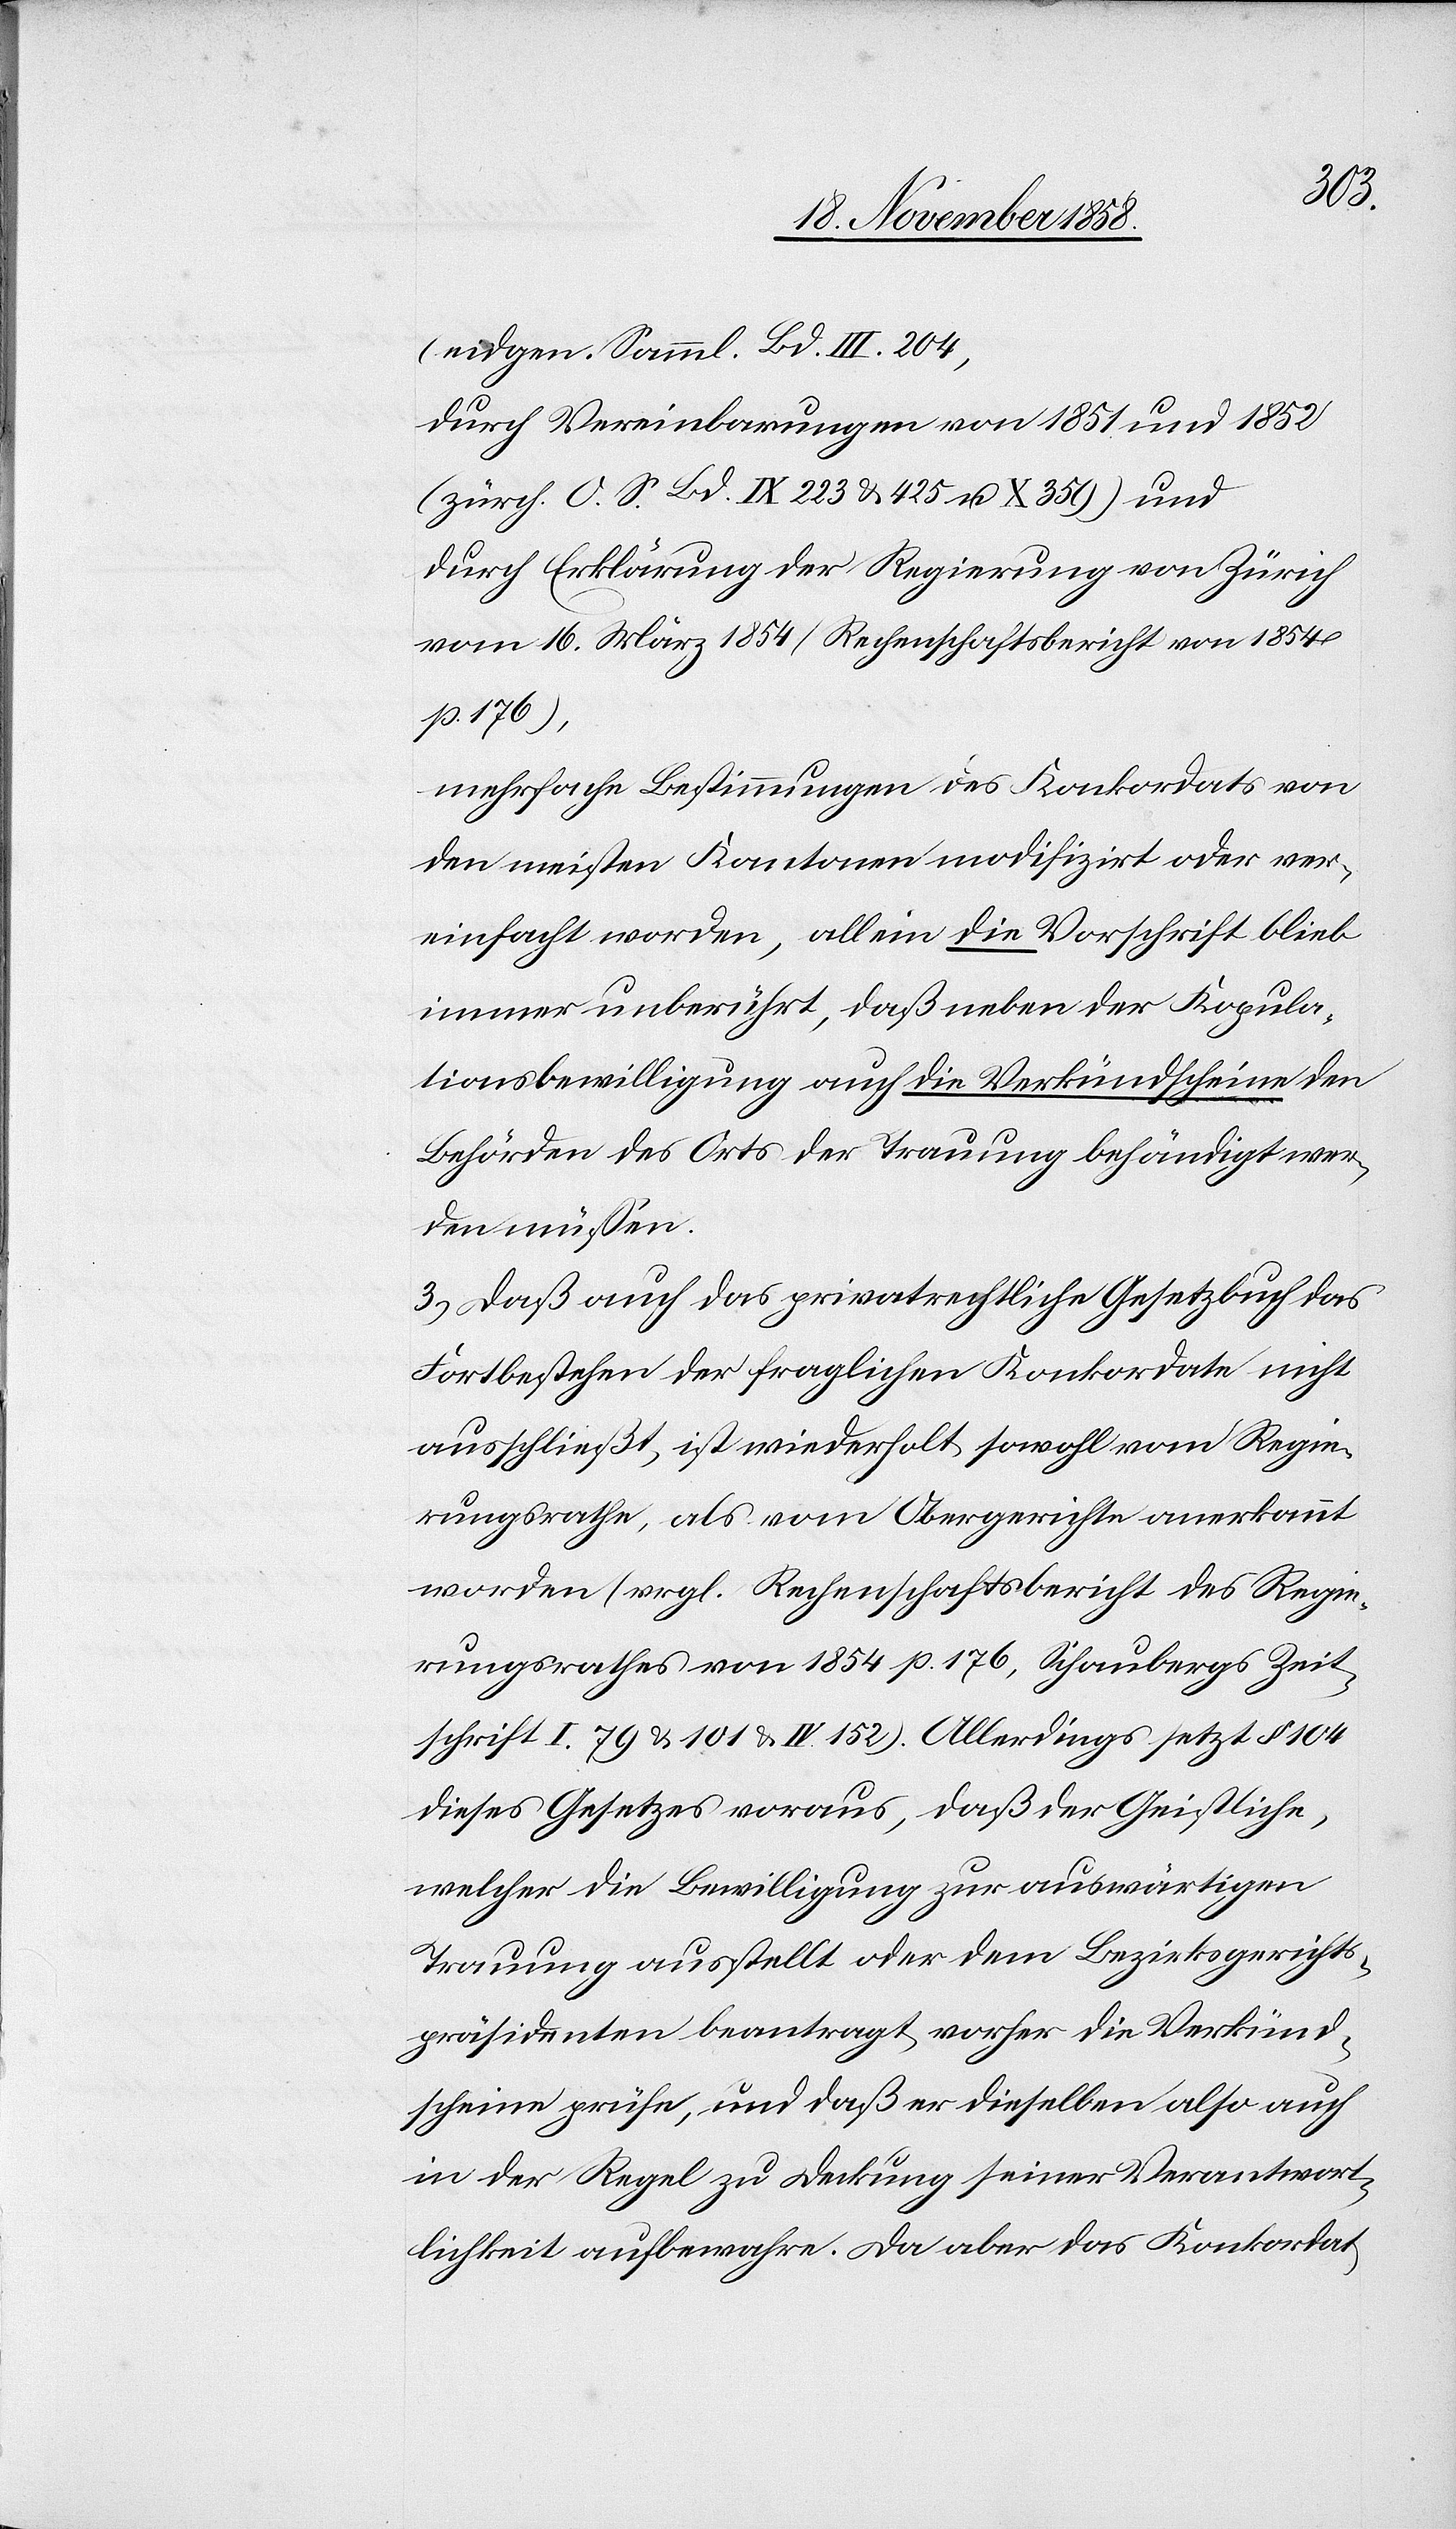
(eidgen. Samml. Bd. III. 204)
durch Vereinbarungen von 1851 und 1852
(zürch. O. S. Bd. IX 223 & 425 u. X 359) und
durch Erklärung der Regierung von Zürich
vom 16. März 1854 (Rechenschaftsbericht von 1854
p. 176),
mehrfache Bestimmungen des Konkordats von
den meisten Kantonen modifizirt oder ver¬
einfacht worden, allein die Vorschrift blieb
immer unberührt, daß neben der Kopula¬
tionsbewilligung auch die Verkündscheine den
Behörden des Orts der Trauung behändigt wer¬
den müssen.
3.) Daß auch das privatrechtliche Gesetzbuch das
Fortbestehen der fraglichen Konkordate nicht
ausschließt, ist wiederholt sowohl vom Regie¬
rungsrathe, als vom Obergerichte anerkannt
worden (vrgl. Rechenschaftsbericht des Regie¬
rungsrathes von 1854 p. 176, Schaubergs Zeit¬
schrift I. 79 & 101 & IV. 152). Allerdings setzt § 104
dieses Gesetzes voraus, daß der Geistliche,
welcher die Bewilligung zur auswärtigen
Trauung ausstellt oder dem Bezirksgerichts¬
präsidenten beantragt, vorher die Verkünd¬
scheine prüfe, und daß er dieselben also auch
in der Regel zu Deckung seiner Verantwort¬
lichkeit aufbewahre. Da aber das Konkordat